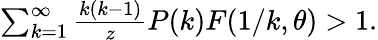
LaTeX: \begin{array}{r}{\sum_{k=1}^{\infty}\frac{k(k-1)}{z}P(k)F(1/k,\theta)>1.}\end{array}